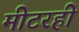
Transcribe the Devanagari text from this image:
मीटरही